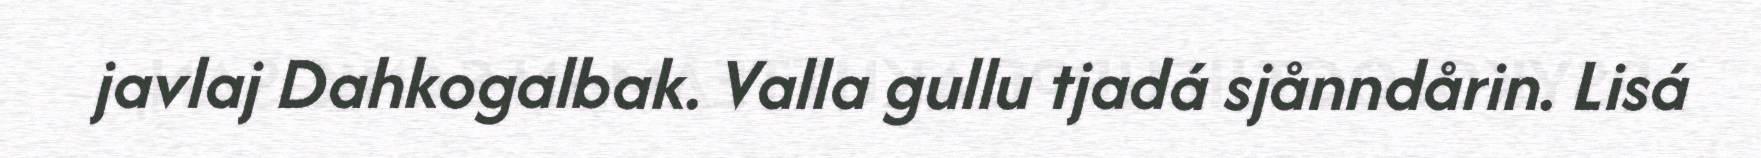
javlaj Dahkogalbak. Valla gullu tjadá sjånndårin. Lisá